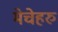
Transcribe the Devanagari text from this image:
मेचेहरु